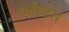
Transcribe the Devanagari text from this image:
करितेस